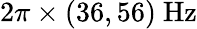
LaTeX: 2\pi\times(36,56)\ \mathrm{Hz}